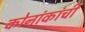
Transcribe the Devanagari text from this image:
कोनांकांची